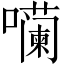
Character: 𪢠